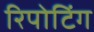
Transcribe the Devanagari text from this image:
रिपोटिंग